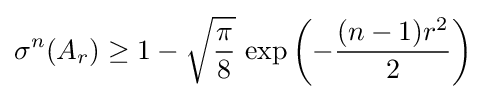
\sigma ^{n}(A_{r})\geq 1-{\sqrt {\frac {\pi }{8}}}\,\exp \left(-{\frac {(n-1)r^{2}}{2}}\right)